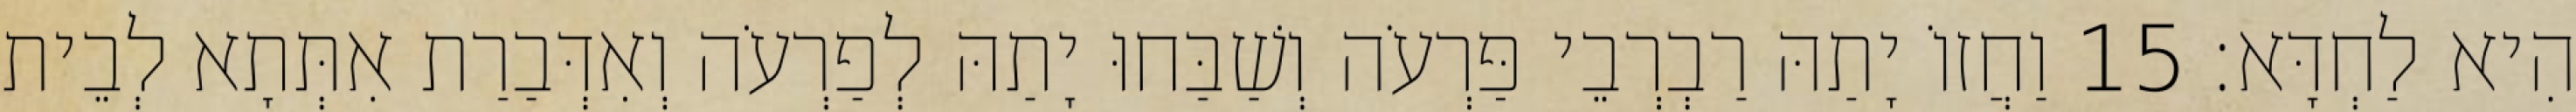
הִיא לַחְדָּא׃ 15 וַחֲזוֹ יָתַהּ רַבְרְבֵי פַּרְעֹה וְשַׁבַּחוּ יָתַהּ לְפַרְעֹה וְאִדְּבַרַת אִתְּתָא לְבֵית